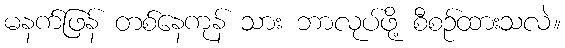
မနက်ဖြန် တစ်နေကုန် သား ဘာလုပ်ဖို့ စီစဉ်ထားသလဲ။